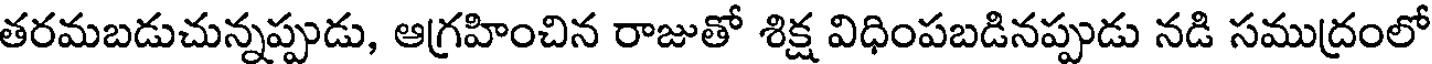
తరమబడుచున్నప్పుడు, ఆగ్రహించిన రాజుతో శిక్ష విధింపబడినప్పుడు నడి సముద్రంలో